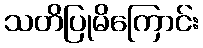
သတိပြုမိကြောင်း